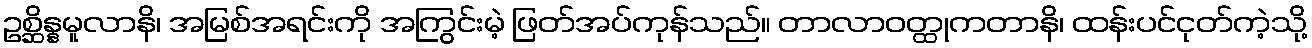
ဥစ္ဆိန္နမူလာနိ၊ အမြစ်အရင်းကို အကြွင်းမဲ့ ဖြတ်အပ်ကုန်သည်။ တာလာဝတ္ထုကတာနိ၊ ထန်းပင်ငုတ်ကဲ့သို့